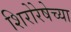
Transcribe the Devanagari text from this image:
शिरोरेषेच्या